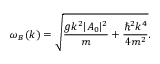
\omega _ { B } ( k ) = \sqrt { \frac { g k ^ { 2 } \lvert A _ { 0 } \rvert ^ { 2 } } { m } + \frac { \hbar ^ { 2 } k ^ { 4 } } { 4 m ^ { 2 } } } .